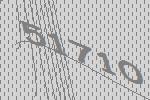
51710